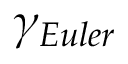
\gamma _ { E u l e r }